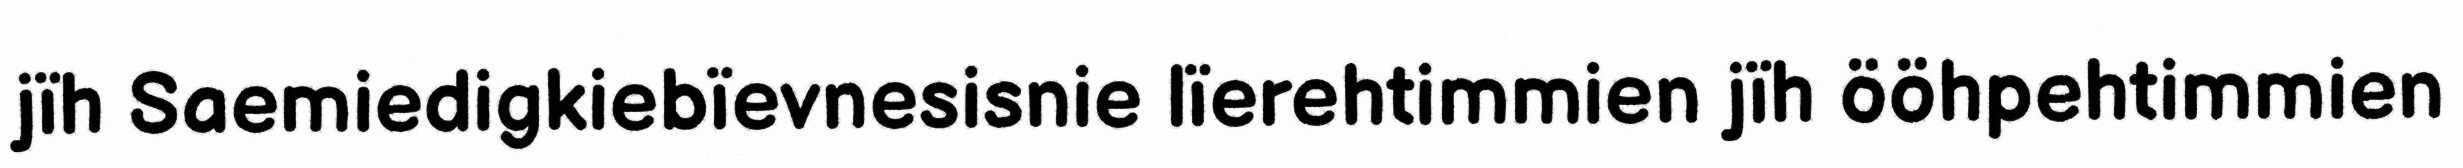
jïh Saemiedigkiebïevnesisnie lïerehtimmien jïh ööhpehtimmien